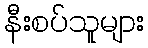
နီးစပ်သူများ